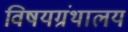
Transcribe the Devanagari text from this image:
विषयग्रंथालय